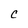
Character: C